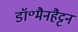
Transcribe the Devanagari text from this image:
डॉ॰मैनहैट्टन